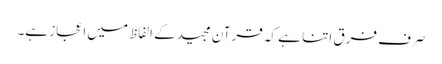
صرف فرق اتنا ہے کہ قرآن مجید کے الفاظ میں اعجاز ہے۔